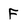
Character: F